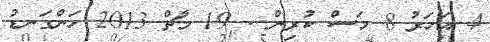
4 އަހަރު 8 މަސް ކުރިން - 19 މާޗް 2013 ހަންގަނޑު